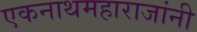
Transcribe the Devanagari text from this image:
एकनाथमहाराजांनी